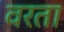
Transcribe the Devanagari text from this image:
वरता